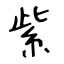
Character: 紫